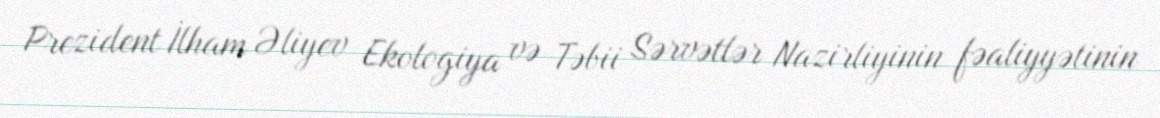
Prezident İlham Əliyev Ekologiya və Təbii Sərvətlər Nazirliyinin fəaliyyətinin